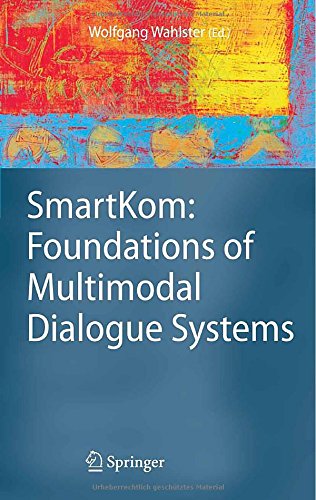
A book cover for SmartKom: Foundations of Multimodal Dialogue Systems (Cognitive Technologies); Computers & Technology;